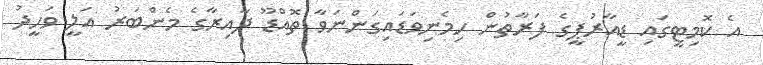
އެ ކޮމިޓީގައި ޑީއާރުޕީގެ ފަރާތުން ހިމެނިވަޑައިގަންނަވާ ތޮއްޑޫ ދާއިރާގެ މެންބަރު އަލީ ވަހީދު